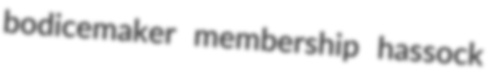
bodicemaker membership hassock